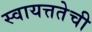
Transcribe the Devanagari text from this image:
स्वायत्ततेची